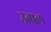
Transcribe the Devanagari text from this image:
उत्‍पल